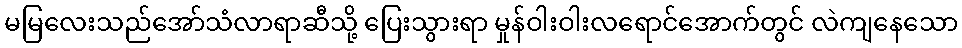
မမြလေးသည်အော်သံလာရာဆီသို့ ပြေးသွားရာ မှုန်ဝါးဝါးလရောင်အောက်တွင် လဲကျနေသော